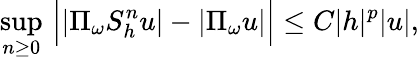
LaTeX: \operatorname*{sup}_{n\geq 0}\, \Big||\Pi_{\omega}S_{h}^{n}u|-|\Pi_{\omega}u|\Big|\leq C|h|^{p}|u|,